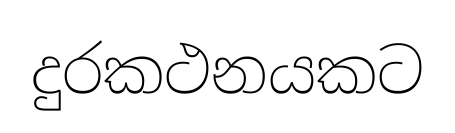
දුරකථනයකට